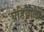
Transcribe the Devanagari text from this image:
घडियालों